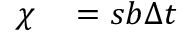
\begin{array} { r l } { \chi } & { { } = s { } b _ { } \Delta t { } } \end{array}